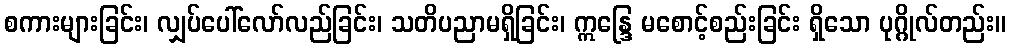
စကားများခြင်း၊ လျှပ်ပေါ်လော်လည်ခြင်း၊ သတိပညာမရှိခြင်း၊ ဣန္ဒြေ မစောင့်စည်းခြင်း ရှိသော ပုဂ္ဂိုလ်တည်း။